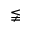
\lneqq